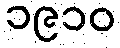
၁၉၁၀